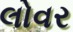
લોવર